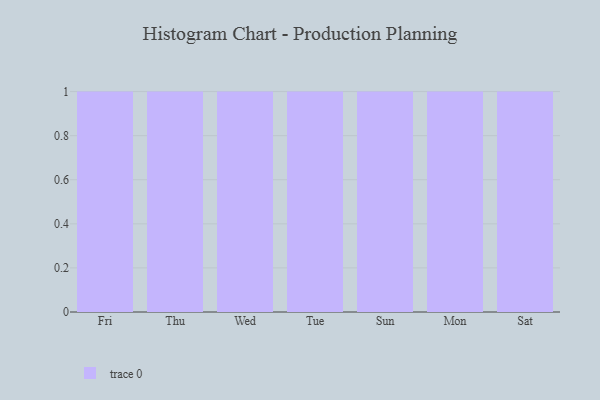
{"axis": {"x": "Day", "y": "Headcount"}, "legend": [""], "data": [{"x": "Fri", "y": 75, "type": ""}, {"x": "Thu", "y": 30, "type": ""}, {"x": "Wed", "y": 95, "type": ""}, {"x": "Tue", "y": 34, "type": ""}, {"x": "Sun", "y": 30, "type": ""}, {"x": "Mon", "y": 6, "type": ""}, {"x": "Sat", "y": 26, "type": ""}]}